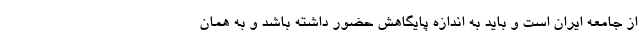
از جامعه ایران است و باید به اندازه پایگاهش حضور داشته باشد و به همان